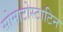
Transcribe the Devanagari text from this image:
सोमाटोस्टाटिन